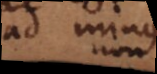
ad minus